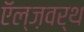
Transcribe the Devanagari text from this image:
ऍल्ज़वर्थ